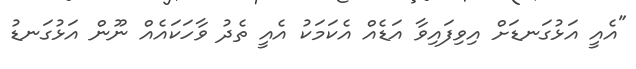
"އެއީ އަޅުގަނޑަށް އިވިފައިވާ އަޑެއް އެކަމަކު އެއީ ތެދު ވާހަކައެއް ނޫން އަޅުގަނޑު